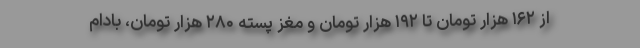
از ۱۶۲ هزار تومان تا ۱۹۲ هزار تومان و مغز پسته ۲۸۰ هزار تومان، بادام